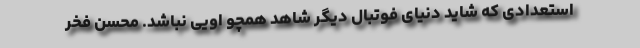
استعدادی که شاید دنیای فوتبال دیگر شاهد همچو اویی نباشد. محسن فخر